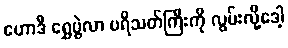
ဟောဒီ ရွှေပွဲလာ ပရိသတ်ကြီးကို လွမ်းလို့ဒေါ့